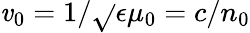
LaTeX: \mathit{v}_{0}=1/\sqrt{}{{\epsilon\mu_{0}}}=c/n_{0}